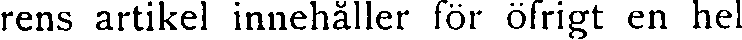
rens artikel innehåller för öfrigt en hel